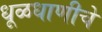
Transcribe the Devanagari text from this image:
धूळधाणीचे